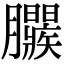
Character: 𣎱